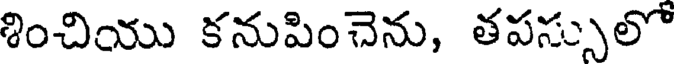
శించియు కనుపించెను, తపస్సులో